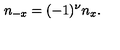
n _ { - x } = ( - 1 ) ^ { \nu } n _ { x } .